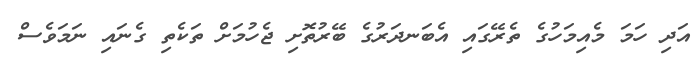
އަދި ހަމަ މެއިމަހުގެ ތެރޭގައި އެބަނދަރުގެ ބޭރުތޮށި ޖެހުމަށް ތަކެތި ގެނައި ނަމަވެސް